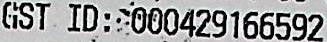
GST ID: 000429166592